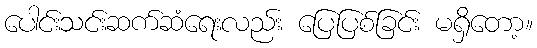
ပေါင်းသင်းဆက်ဆံရေးလည်း ပြေပြစ်ခြင်း မရှိတော့။